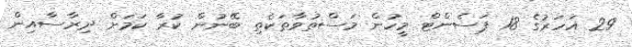
29 އަހަރުގެ 18 ޕަސެންޓް މީހުން މަސްތުވާތަކެތި ބޭނުން ކުރާ ކަމަށް ދިރާސާއިން